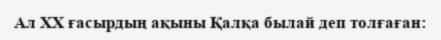
Ал XX ғасырдың ақыны Қалқа былай деп толғаған: